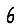
Digit: 6